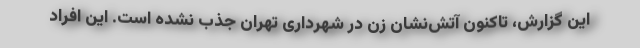
این گزارش، تاکنون آتش‌نشان زن در شهرداری تهران جذب نشده است. این افراد